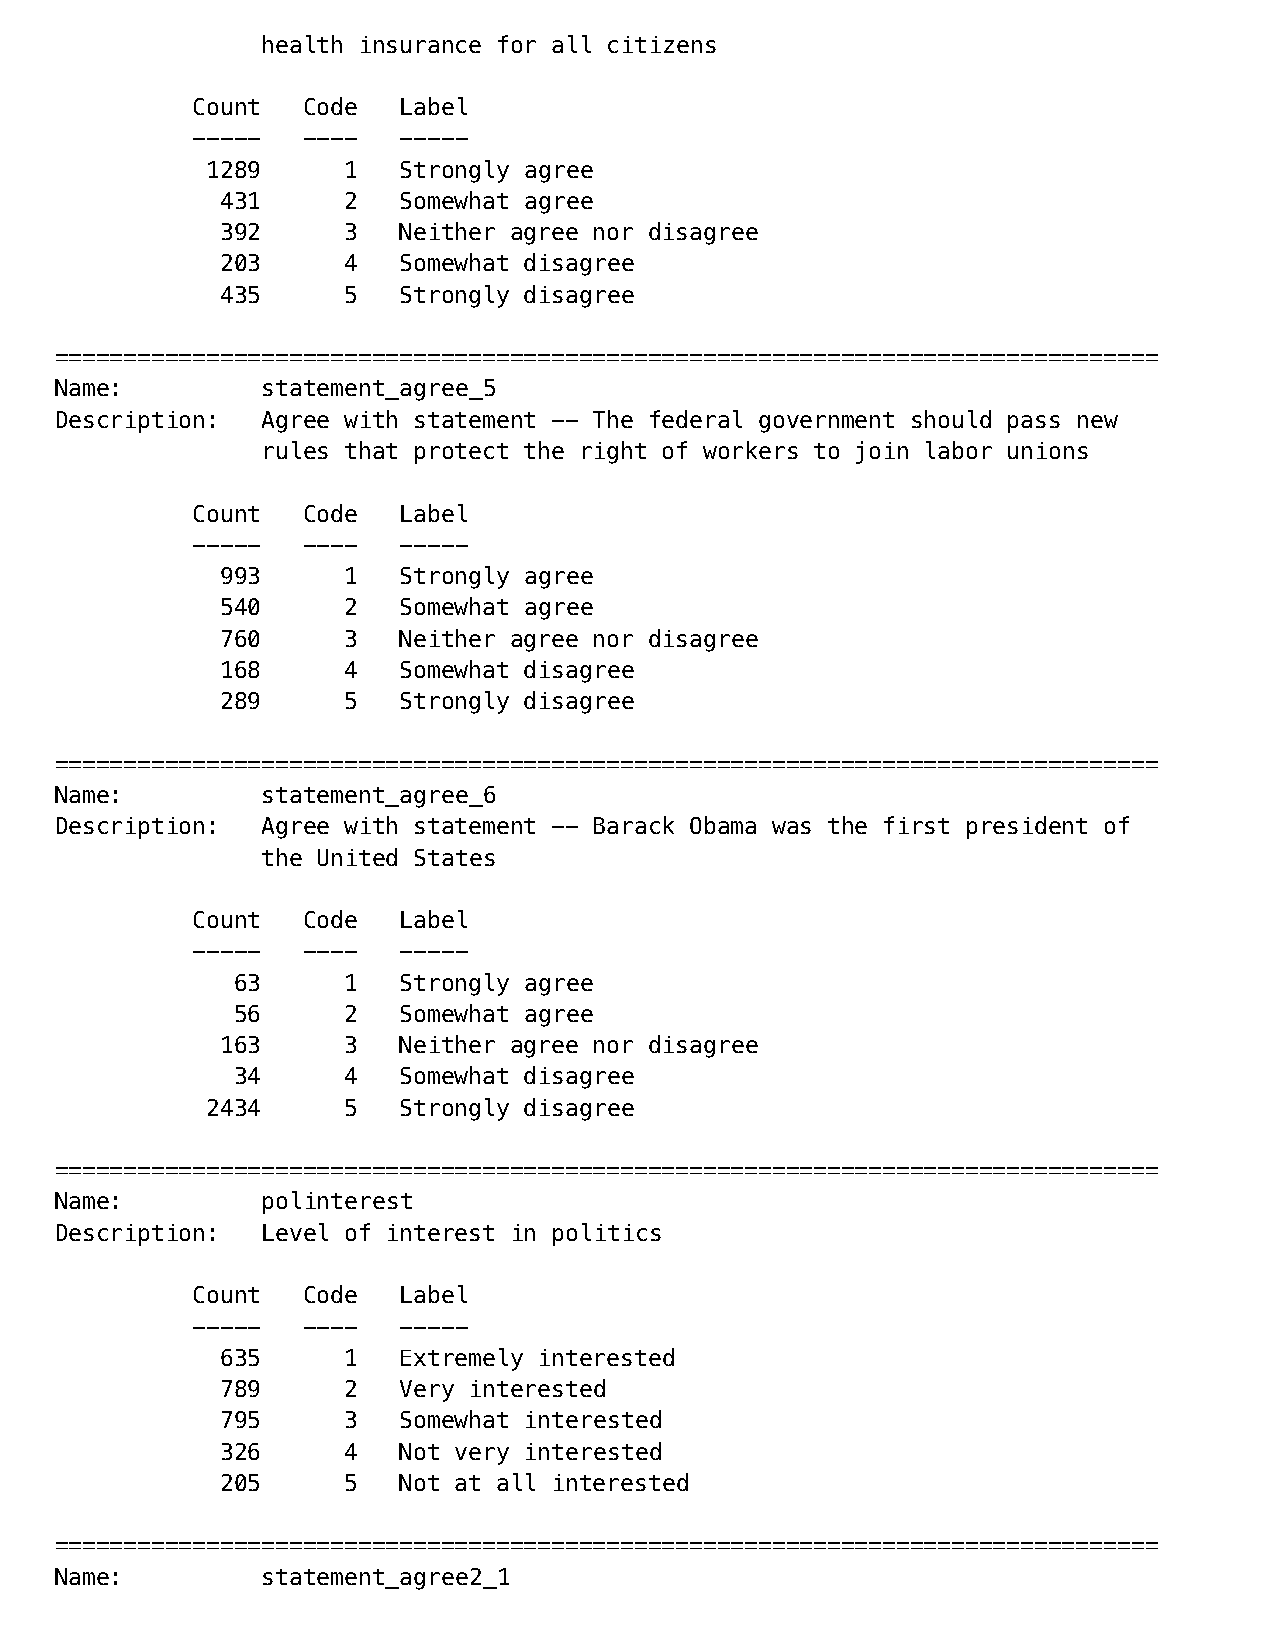
health insurance for all citizens
 Count  Code  Label
 -----  ----  -----
 1289     1  Strongly agree
 431     2  Somewhat agree
 392     3  Neither agree nor disagree
 203     4  Somewhat disagree
 435     5  Strongly disagree
 ================================================================================
 Name:        statement_agree_5
 Description: Agree with statement -- The federal government should pass new
 rules that protect the right of workers to join labor unions
 Count  Code  Label
 -----  ----  -----
 993     1  Strongly agree
 540     2  Somewhat agree
 760     3  Neither agree nor disagree
 168     4  Somewhat disagree
 289     5  Strongly disagree
 ================================================================================
 Name:        statement_agree_6
 Description: Agree with statement -- Barack Obama was the first president of
 the United States
 Count  Code  Label
 -----  ----  -----
 63     1  Strongly agree
 56     2  Somewhat agree
 163     3  Neither agree nor disagree
 34     4  Somewhat disagree
 2434     5  Strongly disagree
 ================================================================================
 Name:        polinterest
 Description: Level of interest in politics
 Count  Code  Label
 -----  ----  -----
 635     1  Extremely interested
 789     2  Very interested
 795     3  Somewhat interested
 326     4  Not very interested
 205     5  Not at all interested
 ================================================================================
 Name:        statement_agree2_1